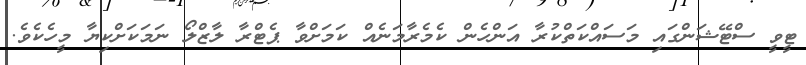
ޓީވީ ސްޓޭޝަންގައި މަސައްކަތްކުރާ އަންހެން ކެމެރާމަނެއް ކަމަށްވާ ޕެޓްރާ ލާޒްލޯ ނަމަކަށްކިޔާ މީހެކެވެ.